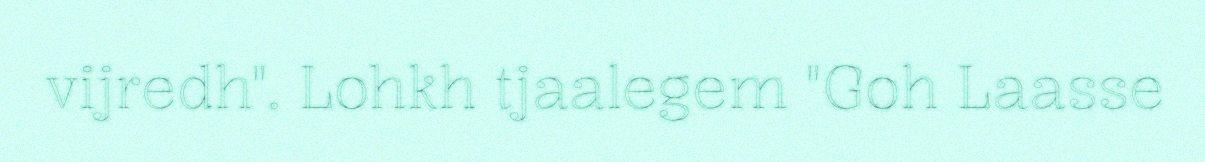
vijredh". Lohkh tjaalegem "Goh Laasse